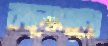
কালোমতো